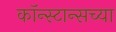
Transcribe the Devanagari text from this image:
कॉन्स्टान्सच्या